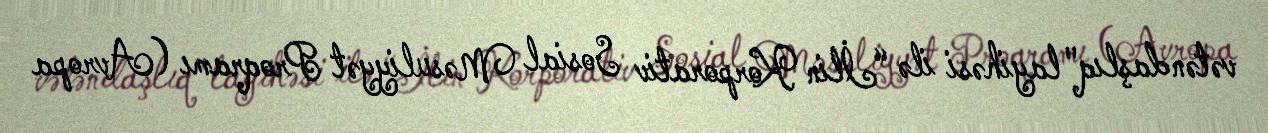
vətəndaşlıq" layihəsi ilə “İlin Korporativ Sosial Məsuliyyət Proqramı (Avropa